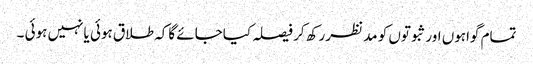
تمام گواہوں اورثبوتوں کو مد نظررکھ کر فیصلہ کیاجائے گاکہ طلاق ہوئی یانہیں ہوئی ۔